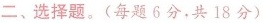
二、选择题。(每题6分，共18分)